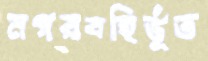
নগরবহির্ভূত